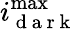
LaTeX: i_{\mathrm{~d~a~r~k~}}^{\operatorname*{max}}